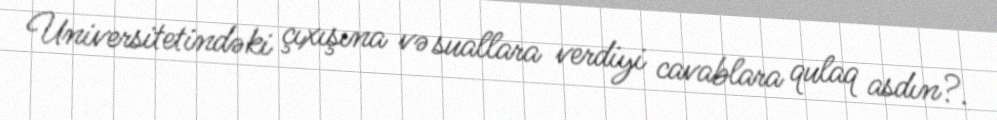
Universitetindəki çıxışına və suallara verdiyi cavablara qulaq asdın?.